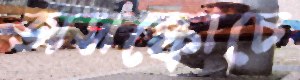
অসঙ্কোচে